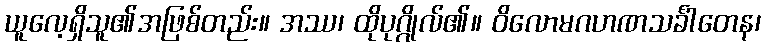
ယူလေ့ရှိသူ၏အဖြစ်တည်း။ အဿ၊ ထိုပုဂ္ဂိုလ်၏။ ဝိလောမဂဟဏသင်္ခါတေန၊